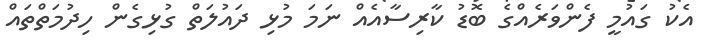
އެކު ގައުމީ ފެންވަރެއްގެ ބޮޑު ކާރިސާއެއް ނަމަ މުޅި ދައުލަތް ގުޅިގެން ހިދުމަތްތައް